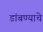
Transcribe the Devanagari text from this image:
डांबण्याचे